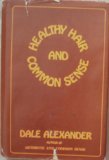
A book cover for Healthy Hair and Common Sense; Dale Alexander; Health, Fitness & Dieting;